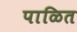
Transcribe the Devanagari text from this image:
पाळित